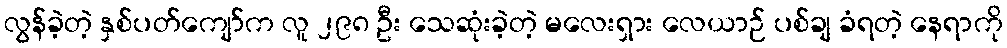
လွန်ခဲ့တဲ့ နှစ်ပတ်ကျော်က လူ ၂၉၈ ဦး သေဆုံးခဲ့တဲ့ မလေးရှား လေယာဉ် ပစ်ချ ခံရတဲ့ နေရာကို